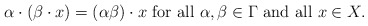
\begin{align*}\alpha\cdot(\beta\cdot x)=(\alpha\beta)\cdot x\mbox{ for all }\alpha,\beta\in \Gamma\mbox{ and all }x\in X.\end{align*}